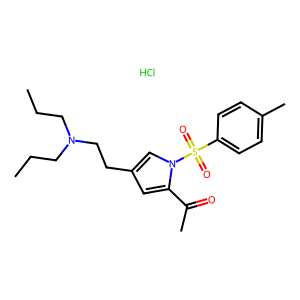
SMILES: CCCN(CCC)CCc1cc(C(C)=O)n(S(=O)(=O)c2ccc(C)cc2)c1.Cl
Inhibits HIV replication: No